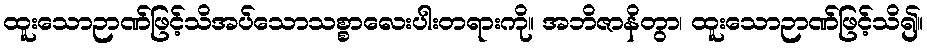
ထူးသောဉာဏ်ဖြင့်သိအပ်သောသစ္စာလေးပါးတရားကို။ အဘိဇာနိတွာ၊ ထူးသောဉာဏ်ဖြင့်သိ၍။